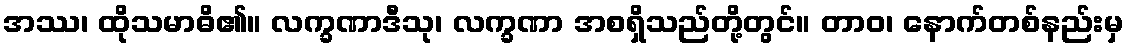
အဿ၊ ထိုသမာဓိ၏။ လက္ခဏာဒီသု၊ လက္ခဏာ အစရှိသည်တို့တွင်။ တာဝ၊ နောက်တစ်နည်းမှ